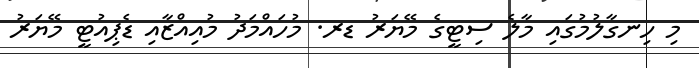
މި ހިނގާލުމުގައި މާލެ ސިޓީގެ މޭޔަރު ޑރ. މުހައްމަދު މުއިއްޒާއި ޑެޕިއުޓީ މޭޔަރު